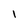
Character: 1